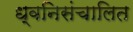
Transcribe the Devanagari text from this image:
ध्वनिसंचालित